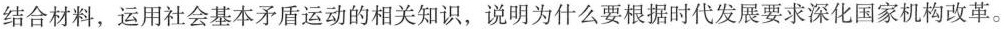
结合材料，运用社会基本矛盾运动的相关知识，说明为什么要根据时代发展要求深化国家机构改革。